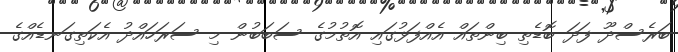
ބަރެސްދޫ ފަދަ ބޮޑެތި ބިންތައް އެއްފަޅުގައި އޮތުމުގެ ސަބަބުން މި ސަރަހައްދު އެކަތިގަނޑެއްގެ